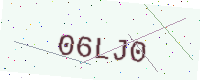
Text: 06LJ0